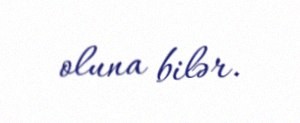
oluna bilər.